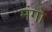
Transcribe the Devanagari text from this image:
मंगो